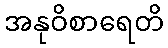
အနုဝိစာရေတိ